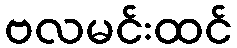
ဗလမင်းထင်